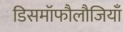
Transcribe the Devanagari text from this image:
डिसमॉफौलौजियाँ